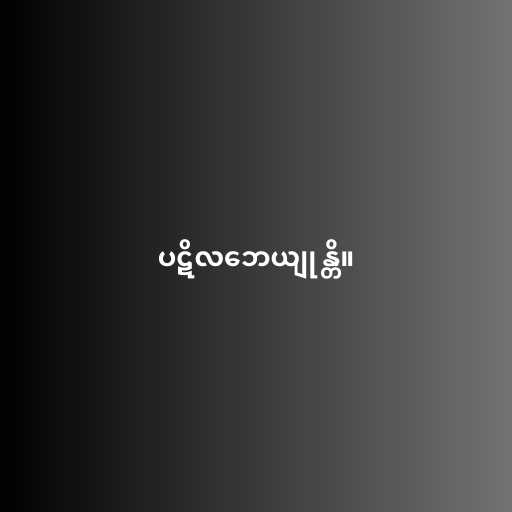
ပဋိလဘေယျုန္တိ။